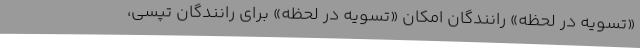
«تسویه در لحظه» رانندگان امکان «تسویه در لحظه» برای رانندگان تپسی،